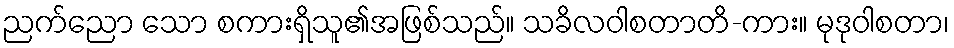
ညက်ညော သော စကားရှိသူ၏အဖြစ်သည်။ သခိလဝါစတာတိ-ကား။ မုဒုဝါစတာ၊